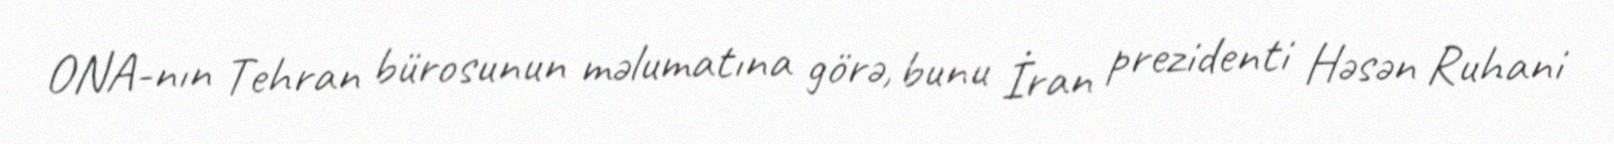
ONA-nın Tehran bürosunun məlumatına görə, bunu İran prezidenti Həsən Ruhani